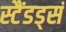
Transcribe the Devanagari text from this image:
स्टैंडड्सं